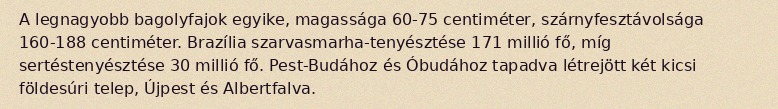
A legnagyobb bagolyfajok egyike, magassága 60-75 centiméter, szárnyfesztávolsága 160-188 centiméter. Brazília szarvasmarha-tenyésztése 171 millió fő, míg sertéstenyésztése 30 millió fő. Pest-Budához és Óbudához tapadva létrejött két kicsi földesúri telep, Újpest és Albertfalva.